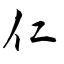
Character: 仁